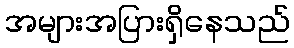
အများအပြားရှိနေသည်